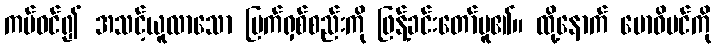
ကပ်ဝင်၍ အသင့်ယူလာသော မြက်ရှစ်စည်းကို ဖြန့်ခင်းတော်မူ၏။ ထို့နောက် ဗောဓိပင်ကို